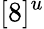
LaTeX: [8]^{u}